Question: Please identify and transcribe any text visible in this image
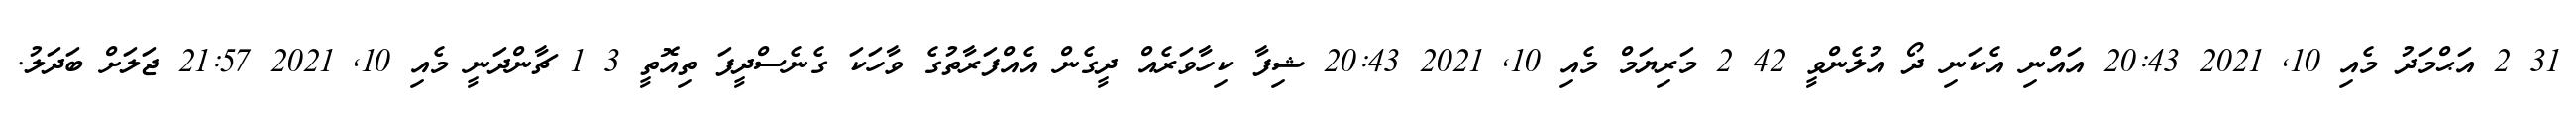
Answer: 31 2 އަޙްމަދު މެއި 10, 2021 20:43 އައްނި އެކަނި ދޯ އުލެންވީ 42 2 މަރިޔަމް މެއި 10, 2021 20:43 ޝިފާ ކިހާވަރެއް ދީގެން އެއްފަރާތުގެ ވާހަކަ ގެނެސްދީފަ ތިއޮތީ 3 1 ޗާންދަނީ މެއި 10, 2021 21:57 ޖަލަށް ބަދަލު.